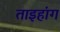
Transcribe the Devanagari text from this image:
ताइहांग